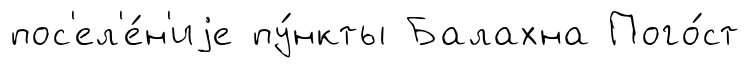
пос'ел'е́н'иjе пу́нкты Балахна Пого́ст